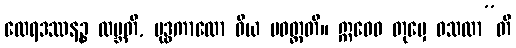
ထေရဒဿနဉ္စ လဗ္ဘတိ, ဗုဒ္ဓကာလော ဝိယ ပဝတ္တတိ။ ဣဓေဝ တုမှေ ဝသထာ”တိ